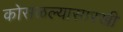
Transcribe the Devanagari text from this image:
कोसळल्यासारखी